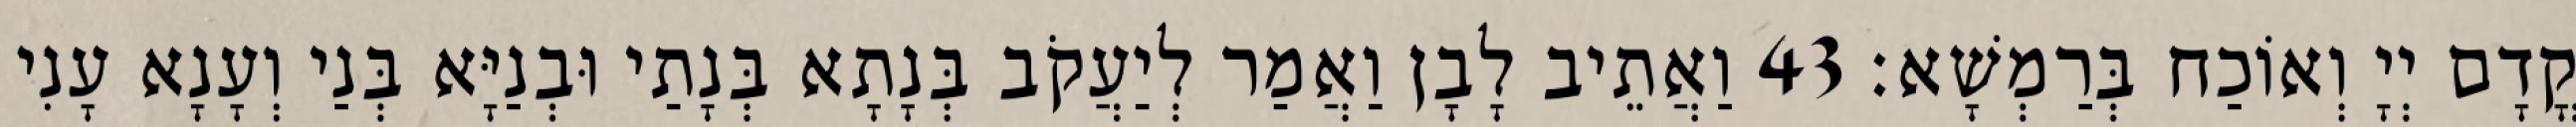
קֳדָם יְיָ וְאוֹכַח בְּרַמְשָׁא׃ 43 וַאֲתֵיב לָבָן וַאֲמַר לְיַעֲקֹב בְּנָתָא בְּנָתַי וּבְנַיָּא בְּנַי וְעָנָא עָנִי